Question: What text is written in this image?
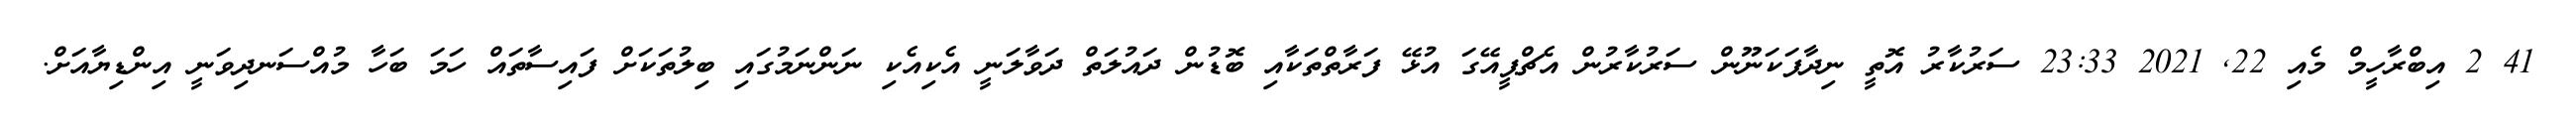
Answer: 41 2 އިބްރާހީމް މެއި 22, 2021 23:33 ސަރުކާރު އޮތީ ނިދާފަކަނޫން ސަރުކާރުން އެޗްޕީއޭގަ އުޅޭ ފަރާތްތަކާއި ބޮޑުން ދައުލަތް ދަވާލަނީ އެކިއެކި ނަންނަމުގައި ބިލުތަކަށް ފައިސާތައް ހަމަ ބަހާ މުއްސަނދިވަނީ އިންޑިޔާއަށް.